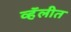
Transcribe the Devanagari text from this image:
व्हॅलीत